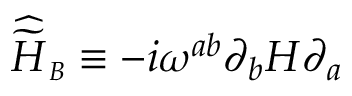
{ \widehat { \widetilde { \cal H } } } _ { \scriptscriptstyle B } \equiv - i \omega ^ { a b } \partial _ { b } H \partial _ { a }